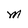
Character: M